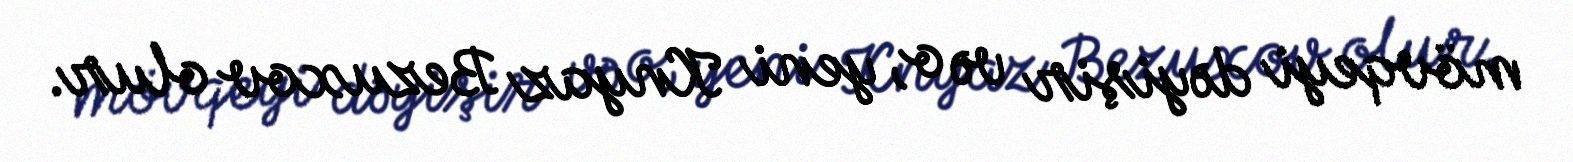
mövqeyi dəyişir və o, yeni Knyaz Bezuxov olur.